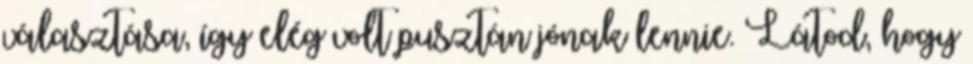
választása, így elég volt pusztán jónak lennie. Látod, hogy